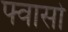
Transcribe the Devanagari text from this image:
फ्वासो